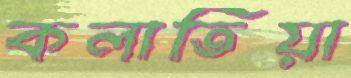
কলাতিয়া